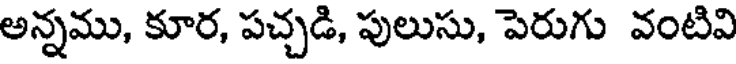
అన్నము, కూర, పచ్చడి, పులుసు, పెరుగు వంటివి